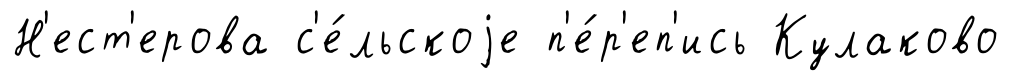
Н'ест'ерова с'е́льскоjе п'е́р'еп'ись Кулаково